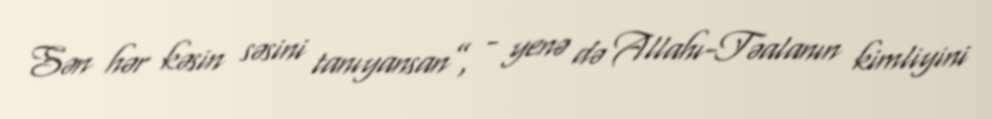
Sən hər kəsin səsini tanıyansan”, - yenə də Allahı-Təalanın kimliyini